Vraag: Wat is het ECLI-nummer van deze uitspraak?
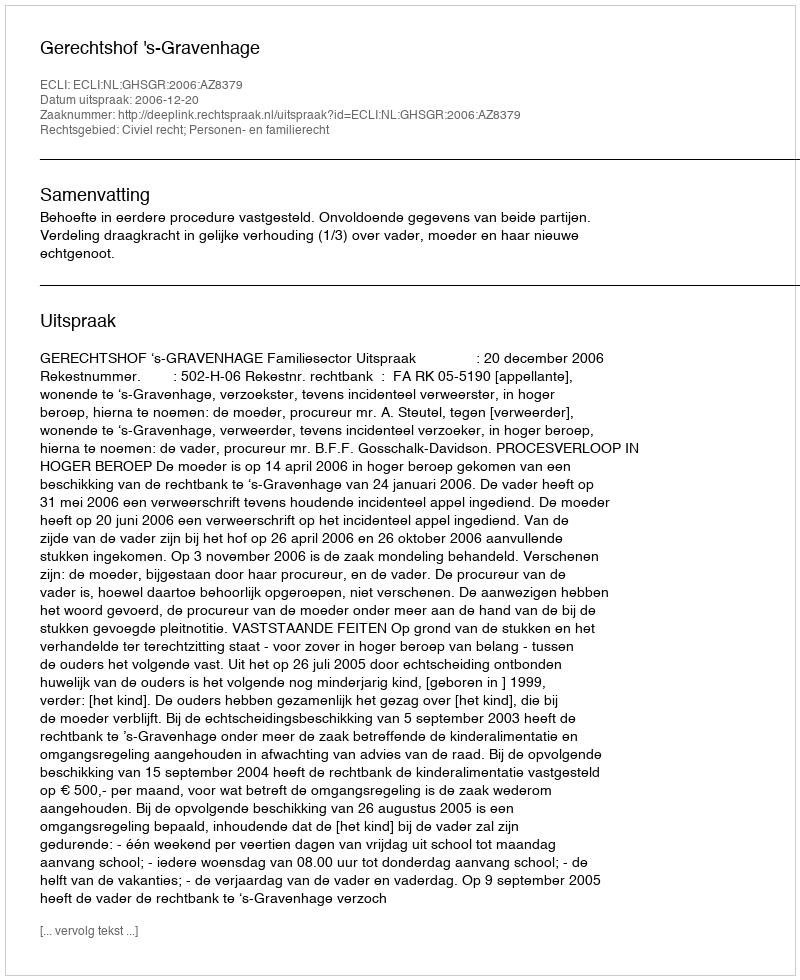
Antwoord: ECLI:NL:GHSGR:2006:AZ8379